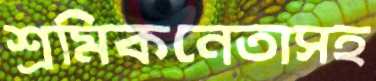
শ্রমিকনেতাসহ